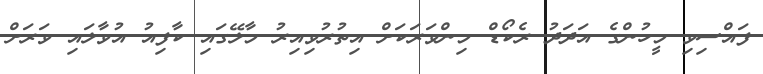
ފައްސިވި މީހުންގެ އަދަދު ރެކޯޑް މިންވަރަކަށް އިތުރުވިއިރު މާލޭގައި ކާފިއު އުވާލައި ވަރަށް